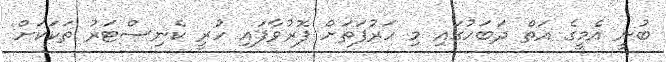
ބުނީ އެމީގެ އަތް ދަބަހުގައި މި ހަރުފަތަށް ފޮރުވާފައި ހުރީ ކެނިސްޓަރު ތަކަކަށް